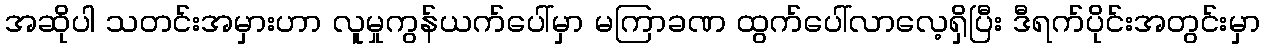
အဆိုပါ သတင်းအမှားဟာ လူမှုကွန်ယက်ပေါ်မှာ မကြာခဏ ထွက်ပေါ်လာလေ့ရှိပြီး ဒီရက်ပိုင်းအတွင်းမှာ